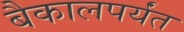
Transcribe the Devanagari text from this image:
बैकालपर्यंत